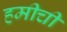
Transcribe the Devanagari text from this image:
हमीची